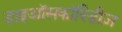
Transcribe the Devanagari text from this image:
डाइऑसकॉरिडीज़